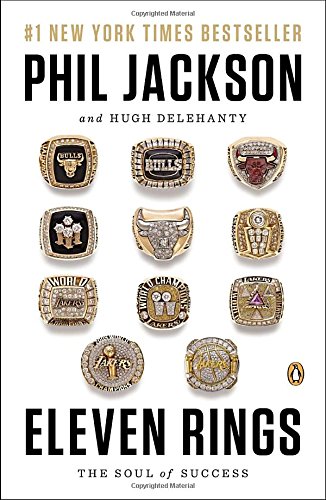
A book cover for Eleven Rings: The Soul of Success; Phil Jackson; Biographies & Memoirs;